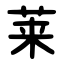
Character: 莱